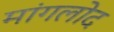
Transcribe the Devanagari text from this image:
मांगलोद